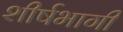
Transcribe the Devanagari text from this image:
शीर्षभागी